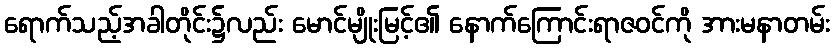
ရောက်သည့်အခါတိုင်း၌လည်း မောင်မျိုးမြင့်၏ နောက်ကြောင်းရာဇဝင်ကို အားမနာတမ်း